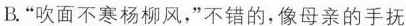
B.”吹面不寒杨柳风，”不错的，像母亲的手抚